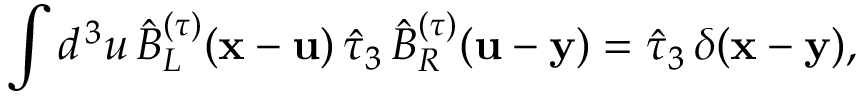
\int d ^ { \, 3 } u \, \hat { B } _ { L } ^ { ( \tau ) } ( { \bf x } - { \bf u } ) \, \hat { \tau } _ { 3 } \, \hat { B } _ { R } ^ { ( \tau ) } ( { \bf u } - { \bf y } ) = \hat { \tau } _ { 3 } \, \delta ( { \bf x } - { \bf y } ) ,